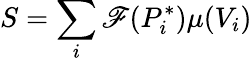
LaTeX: S=\sum_{i}\mathscr{F}(P_{i}^{*})\mu(V_{i})